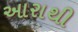
આરાથી